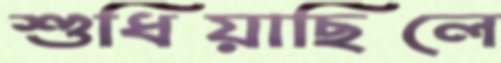
শুধিয়াছিলে